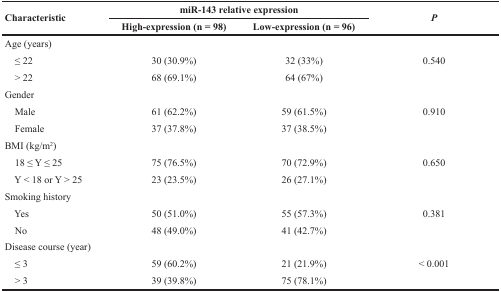
<table><thead><tr><td><b>Characteristic</b></td><td colspan="2"><b>miR-143 relative expression</b></td><td><b><i>P</i></b></td></tr><tr><td></td><td><b>High-expression (n = 98)</b></td><td><b>Low-expression (n = 96)</b></td><td></td></tr></thead><tbody><tr><td>Age (years)</td><td></td><td></td><td></td></tr><tr><td> ≤ 22</td><td>30 (30.9%)</td><td>32 (33%)</td><td>0.540</td></tr><tr><td> &gt; 22</td><td>68 (69.1%)</td><td>64 (67%)</td><td></td></tr><tr><td>Gender</td><td></td><td></td><td></td></tr><tr><td> Male</td><td>61 (62.2%)</td><td>59 (61.5%)</td><td>0.910</td></tr><tr><td> Female</td><td>37 (37.8%)</td><td>37 (38.5%)</td><td></td></tr><tr><td>BMI (kg/m<sup>2</sup>)</td><td></td><td></td><td></td></tr><tr><td> 18 ≤ Y ≤ 25</td><td>75 (76.5%)</td><td>70 (72.9%)</td><td>0.650</td></tr><tr><td> Y &lt; 18 or Y &gt; 25</td><td>23 (23.5%)</td><td>26 (27.1%)</td><td></td></tr><tr><td>Smoking history</td><td></td><td></td><td></td></tr><tr><td> Yes</td><td>50 (51.0%)</td><td>55 (57.3%)</td><td>0.381</td></tr><tr><td> No</td><td>48 (49.0%)</td><td>41 (42.7%)</td><td></td></tr><tr><td>Disease course (year)</td><td></td><td></td><td></td></tr><tr><td> ≤ 3</td><td>59 (60.2%)</td><td>21 (21.9%)</td><td>&lt; 0.001</td></tr><tr><td> &gt; 3</td><td>39 (39.8%)</td><td>75 (78.1%)</td><td></td></tr></tbody></table>